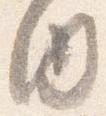
内